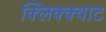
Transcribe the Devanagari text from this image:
क्लिक्क्वाट